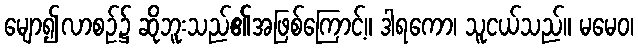
မျော၍လာစဉ်၌ ဆိုဘူးသည်၏အဖြစ်ကြောင့်။ ဒါရကော၊ သူငယ်သည်။ မမေဝ၊